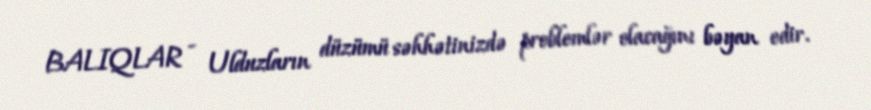
BALIQLAR - Ulduzların düzümü səhhətinizdə problemlər olacağını bəyan edir.